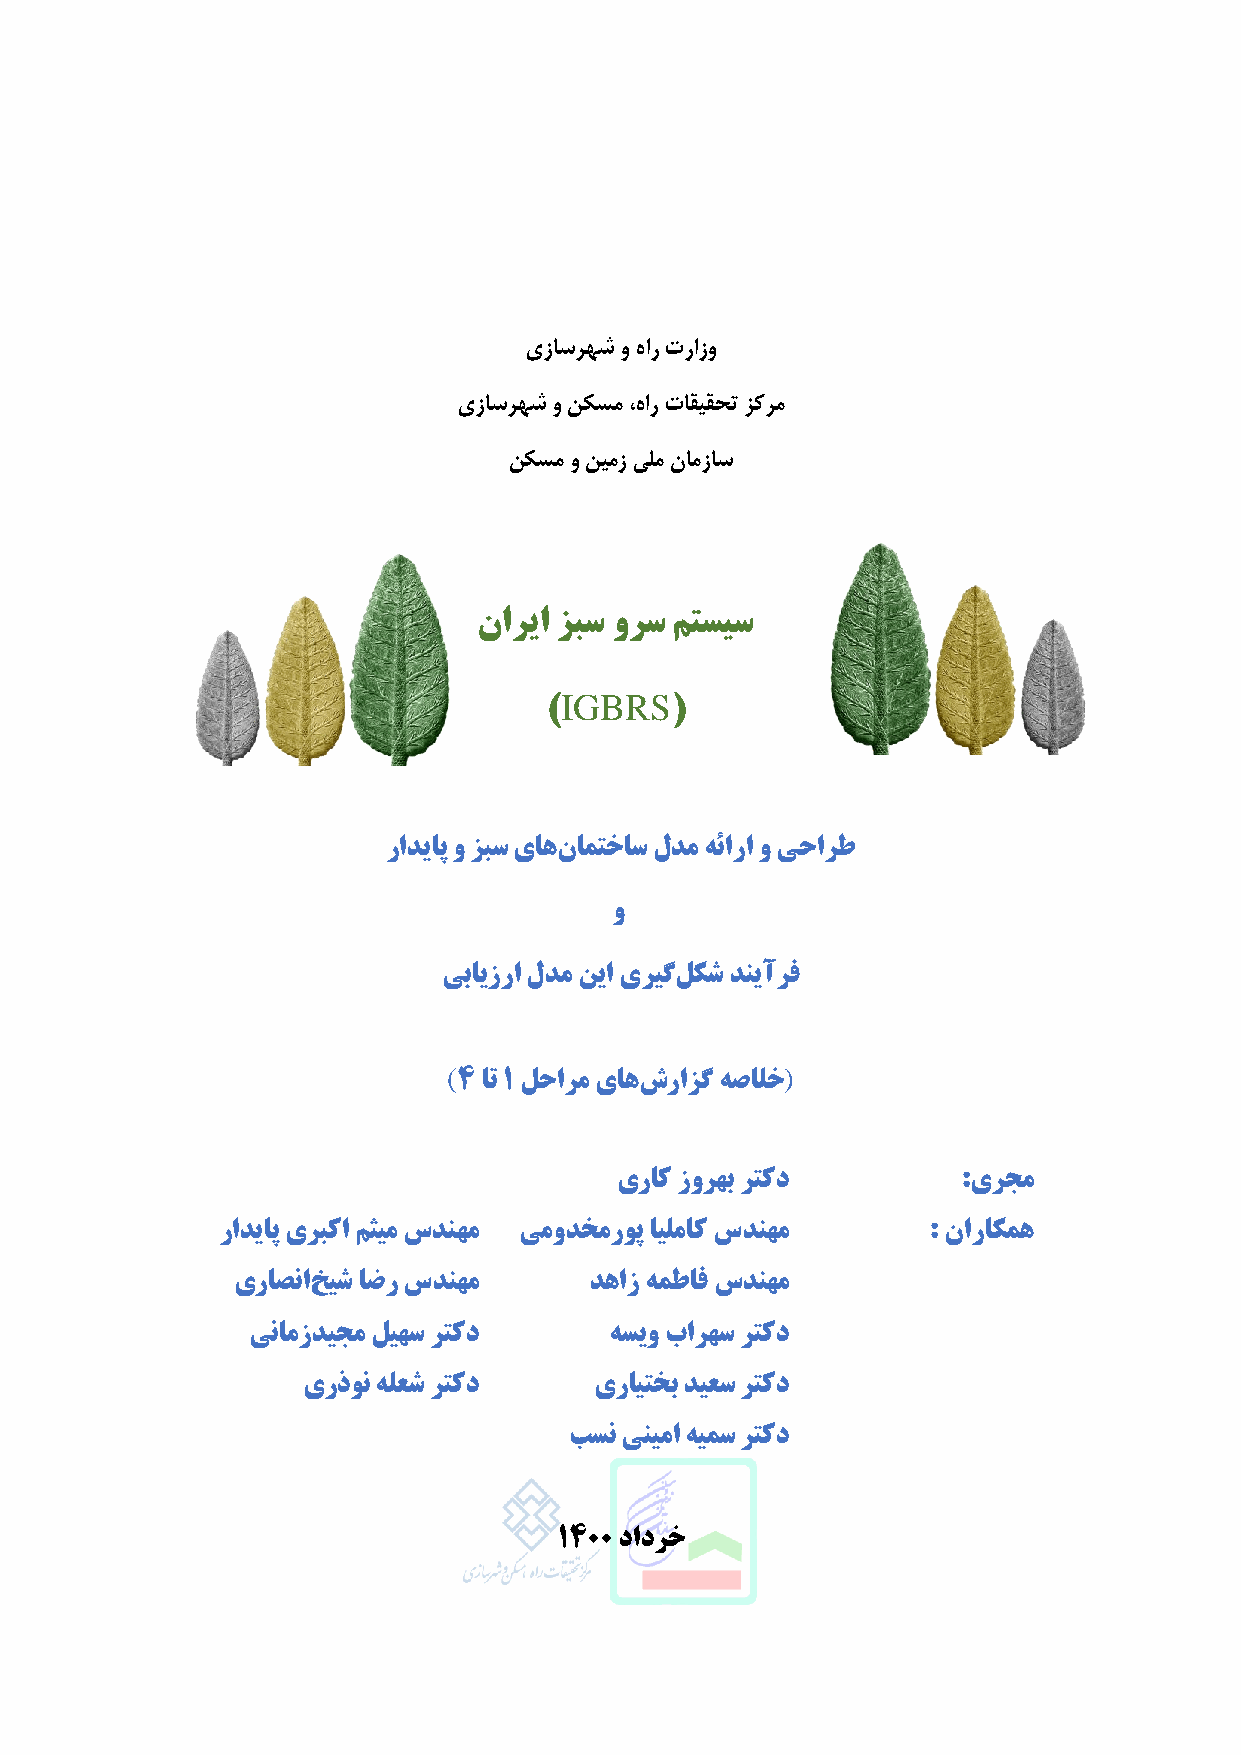
یزاسرهش و هار ترازو
 یزاسرهش و نکسم ،هار تاقیقحت زکرم
 نکسم و نیمز یلم نامزاس
 ناریا زبس ورس متسیس
 IGBRS
 )       (
 رادیاپ و زبس یاهنامتخاس لدم هئارا و یحارط
 و
 یبایزرا لدم نیا یریگلکش دنیآرف
 (                     )
 ۴ ات ۱ لحارم یاهشرازگ هصالخ
 یراک زورهب رتکد        :یرجم
 رادیاپ یربکا مثیم سدنهم یمودخمروپ ایلماک سدنهم : ناراکمه
 یراصناخیش اضر سدنهم     دهاز همطاف سدنهم
 ینامزدیجم لیهس رتکد     هسیو بارهس رتکد
 یرذون هلعش رتکد    یرایتخب دیعس رتکد
 بسن ینیما هیمس رتکد
 ۱۴11 دادرخ